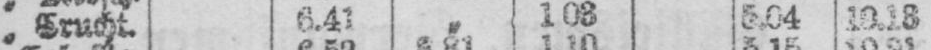
„ Crucht. 6.41 „ 1.08 5.04 10.18